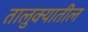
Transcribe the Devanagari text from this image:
तालु़क्यातील